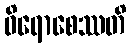
ဝိရောစေဿတိ